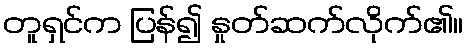
တူရှင်က ပြန်၍ နှုတ်ဆက်လိုက်၏။